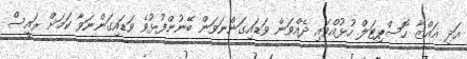
އަދި ޣައްޒާ ހޮސްޕިޓަލް ހުޅުއްވައި ދެއްވަން ވަޑައިގަންނަވަން ބޭނުންފުޅުވެ ވަޑައިގަންނަވާ ކަމަށް ރައީސް